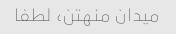
میدان منهتن، لطفا